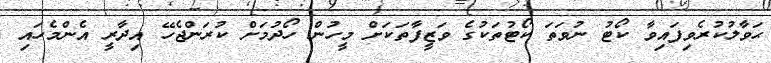
ޙަވާލުކުރެވިފައިވާ ކޯޓު ނުވަތަ ކޯޓުތަކުގެ ވަޒީފާތަކަށް މީހުން ހޯދުމަށް ކުރަންޖެހޭ އިދާރީ އެންމެހައި